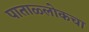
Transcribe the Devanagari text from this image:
पाताळ्लोकचा